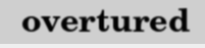
overtured